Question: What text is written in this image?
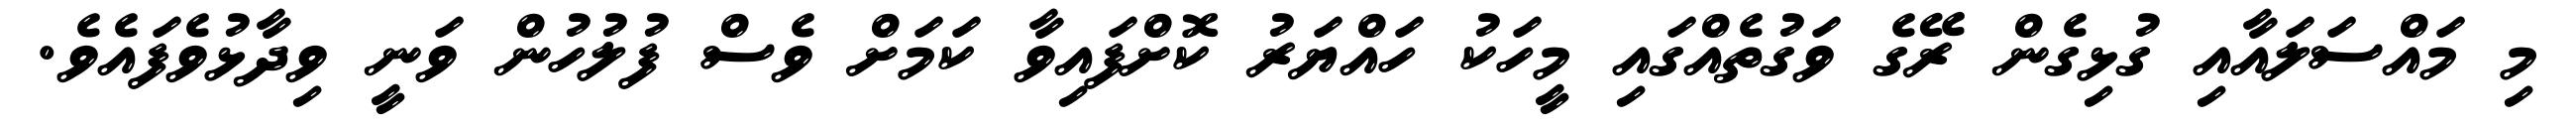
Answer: މި މައްސަލައާއި ގުޅިގެން ރޭގެ ވަގުތެއްގައި މީހަކު ހައްޔަރު ކޮށްފައިވާ ކަމަށް ވެސް ފުލުހުން ވަނީ ވިދާޅުވެފައެވެ.